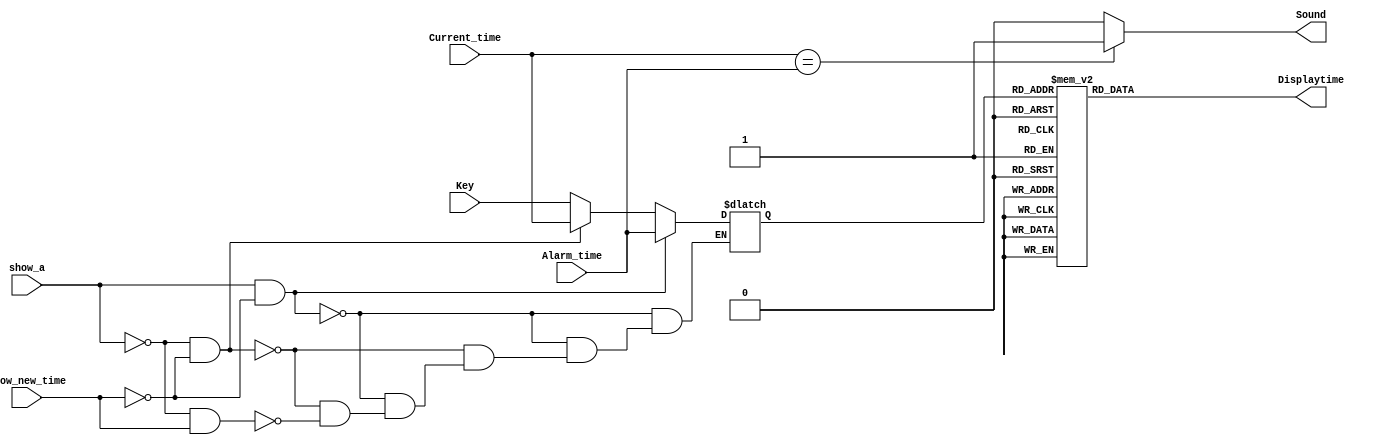
module aclk_lcd_driver (show_a,Show_new_time,Alarm_time,Current_time,Key,Sound,Displaytime);
input Show_new_time,show_a; 
input  [3:0] Alarm_time,Current_time,Key;
output reg Sound;
output reg [7:0] Displaytime;
reg [3:0]display_value ;
parameter ZERO   = 8'h30;
parameter ONE    = 8'h31;
parameter TWO    = 8'h32;
parameter THREE  = 8'h33;
parameter FOUR   = 8'h34;
parameter FIVE   = 8'h35;
parameter SIX    = 8'h36;
parameter SEVEN  = 8'h37;
parameter EIGHT  = 8'h38;
parameter NINE   = 8'h39;
parameter ERROR  = 8'h3A;

always @(Alarm_time or Current_time or Key or show_a or Show_new_time)
begin
if(show_a && ~Show_new_time) 
display_value = Alarm_time ;
else if(~show_a && ~Show_new_time)
display_value = Current_time ;
else if(~show_a && Show_new_time)
display_value = Key;

if(Current_time==Alarm_time)
Sound=1;
else
Sound=0;
end

always @(display_value)
begin 
    case (display_value)
          4'd0 : Displaytime = ZERO;
          4'd1 : Displaytime = ONE;
          4'd2 : Displaytime = TWO;
          4'd3 : Displaytime = THREE;
          4'd4 : Displaytime = FOUR;
          4'd5 : Displaytime = FIVE;
          4'd6 : Displaytime = SIX;
          4'd7 : Displaytime = SEVEN;
          4'd8 : Displaytime = EIGHT;
          4'd9 : Displaytime = NINE;
       default : Displaytime = ERROR;
endcase 
end
endmodule